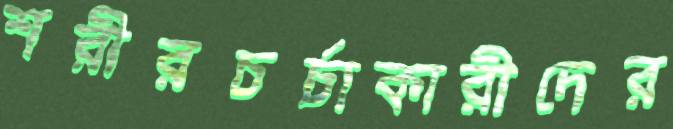
শরীরচর্চাকারীদের